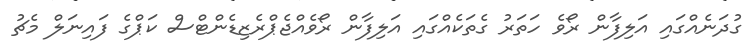
ގުދަނެއްގައި އަލިފާން ރޯވެ ހަތަރު ގެތަކެއްގައި އަލިފާން ރޯވެއްޖެޕްރެޒިޑެންޓްސް ކަޕްގެ ފައިނަލް މެޗު